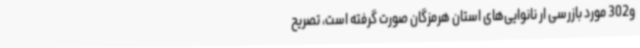
و302 مورد بازرسی ار نانوایی‌های استان هرمزگان صورت گرفته است، تصریح